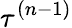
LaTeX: \tau^{(n-1)}